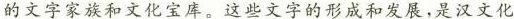
的文字家族和文化宝库。这些文字的形成和发展，是汉文化